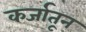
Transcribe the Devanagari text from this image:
कर्जातून